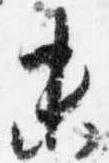
未